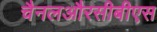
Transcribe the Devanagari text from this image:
चैनलऔरसीबीएस